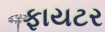
ફાયટર